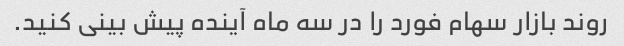
روند بازار سهام فورد را در سه ماه آینده پیش بینی کنید.